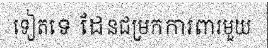
ទៀតទេ ដែនជម្រកការពារមួយ